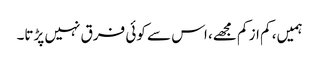
ہمیں، کم از کم مجھے، اس سے کوئی فرق نہیں پڑتا۔